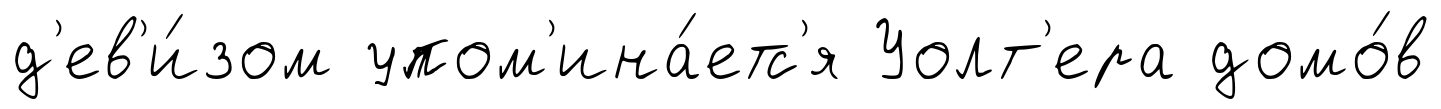
д'ев'и́зом упом'ина́етс'я Уолт'ера домо́в